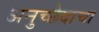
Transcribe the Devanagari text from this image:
अनुच्छेदाचा